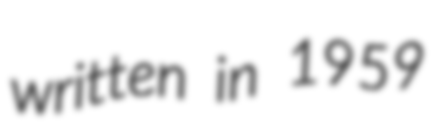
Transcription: written in 1959